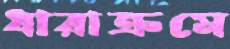
ধারাক্রমে